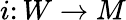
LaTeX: i\colon W\to M